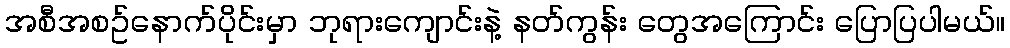
အစီအစဥ်နောက်ပိုင်းမှာ ဘုရားကျောင်းနဲ့ နတ်ကွန်း တွေအကြောင်း ပြောပြပါမယ်။